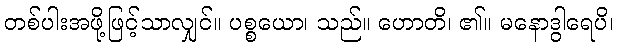
တစ်ပါးအဖို့ဖြင့်သာလျှင်။ ပစ္စယော၊ သည်။ ဟောတိ၊ ၏။ မနောဒွါရေပိ၊